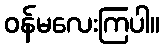
ဝန်မလေးကြပါ။